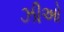
ઝીઓ